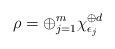
LaTeX: \begin{align*} \rho=\oplus_{j=1}^m\chi_{\epsilon_j}^{\oplus d} \end{align*}